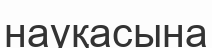
науқасына